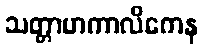
သတ္တာဟကာလိကေန